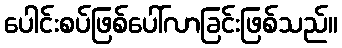
ပေါင်းစပ်ဖြစ်ပေါ်လာခြင်းဖြစ်သည်။